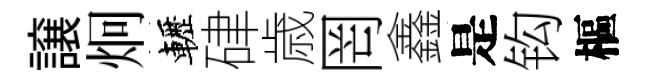
譲炯轣硉歳罔鑫是钩樞